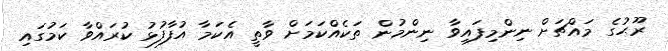
ރޫޙުގެ މައްޗަށް ނިންމިފައިވާ ނިންމުން ތަކެއްކަމަށް ވާތީ އެކަމާ އުފާފުޅު ކުރައްވާ ކަމުގައި